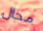
محال